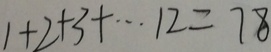
1 + 2 + 3 + \cdots 1 3 2 = 7 8